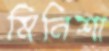
মিনিশা